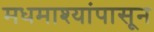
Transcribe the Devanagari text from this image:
मधमाश्यांपासून